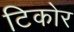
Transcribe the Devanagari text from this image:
टिकोर